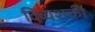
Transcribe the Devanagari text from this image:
दिव्यशक्ती